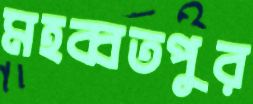
মহব্বতপুর